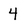
Character: 4